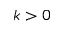
k > 0